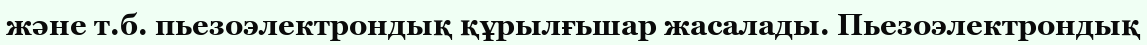
және т.б. пьезоэлектрондық құрылғьшар жасалады. Пьезоэлектрондық